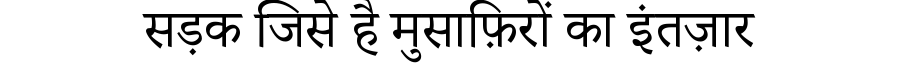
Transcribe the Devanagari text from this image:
सड़क जिसे है मुसाफ़िरों का इंतज़ार